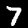
Label: 7